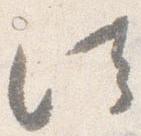
法